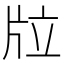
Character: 𤖹